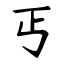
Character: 丐